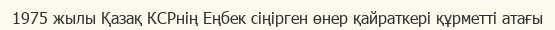
1975 жылы Қазақ КСРнің Еңбек сіңірген өнер қайраткері құрметті атағы